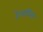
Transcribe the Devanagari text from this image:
हेलविस